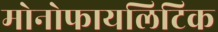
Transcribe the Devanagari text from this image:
मोनोफायलिटिक